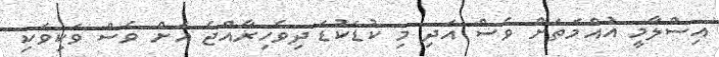
އިސްލާމީ އުއްމަތަށް ވެސް އަދި މި ކުޑަކުޑަ ދިވެހިރާއްޖެ އަށް ވެސް ވަކިވަކި